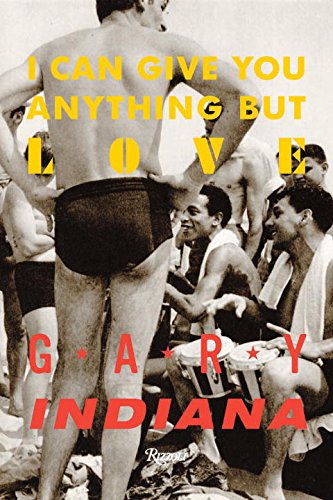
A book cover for I Can Give You Anything But Love; Gary Indiana; Gay & Lesbian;